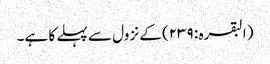
(البقرہ : ٢٣٩) کے نزول سے پہلے کا ہے۔